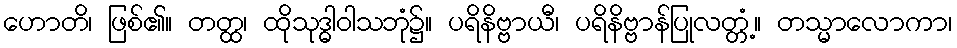
ဟောတိ၊ ဖြစ်၏။ တတ္ထ၊ ထိုသုဒ္ဓါဝါသဘုံ၌။ ပရိနိဗ္ဗာယီ၊ ပရိနိဗ္ဗာန်ပြုလတ္တံ့။ တသ္မာလောကာ၊